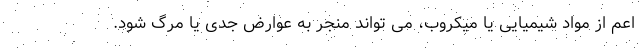
اعم از مواد شیمیایی یا میکروب، می تواند منجر به عوارض جدی یا مرگ شود.